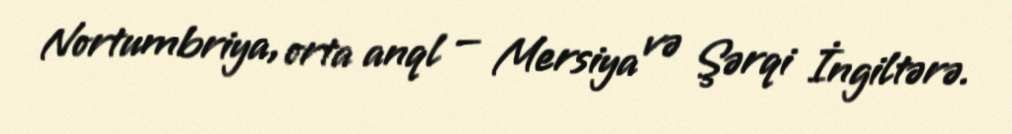
Nortumbriya, orta anql — Mersiya və Şərqi İngiltərə.